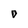
Character: O